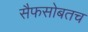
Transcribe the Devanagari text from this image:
सैफसोबतच